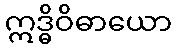
ဣဒ္ဓိဝိဓာယော